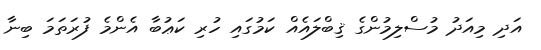
އަދި މިއަދު މުސްލިމުންގެ ޤިބްލައެއް ކަމުގައި ހުރި ކަޢުބާ އެންމެ ފުރަތަމަ ބިނާ